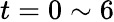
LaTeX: t=0\sim 6